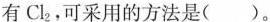
有Cl_{2}，可采用的方法是( )。